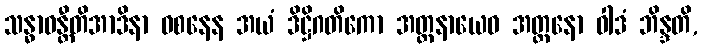
သန္ဓာဝန္တီတိအာဒိနာ ဝစနေန အယံ ဒိဋ္ဌိဂတိကော အတ္တနာယေဝ အတ္တနော ဝါဒံ ဘိန္ဒတိ,